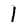
Character: l